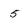
Character: 5